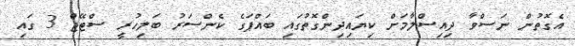
އެގޮތުން ނަސްވާ ދިއިސްލާމަށް ކިޔައިދިންގޮތުގައި ބައްޕަގެ ކެންސަރު ބަލިހުރީ ސްޓޭޖް 3 ގައި